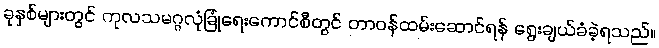
ခုနှစ်များတွင် ကုလသမဂ္ဂလုံခြုံရေးကောင်စီတွင် တာဝန်ထမ်းဆောင်ရန် ရွေးချယ်ခံခဲ့ရသည်။